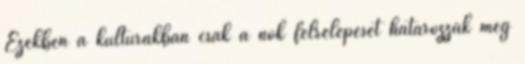
Ezekben a kultúrákban csak a nők félrelépését határozzák meg